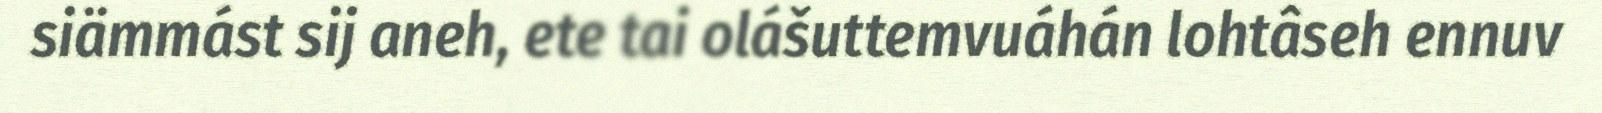
siämmást sij aneh, ete tai olášuttemvuáhán lohtâseh ennuv